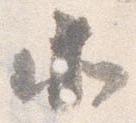
北